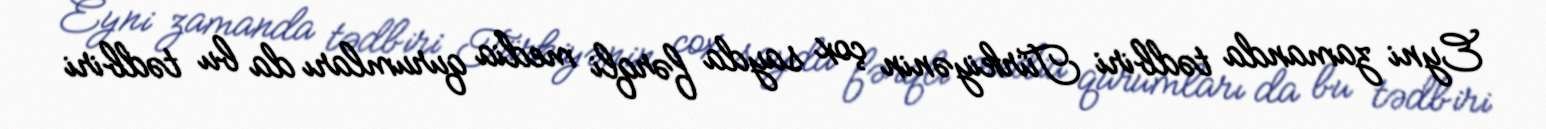
Eyni zamanda tədbiri Türkiyənin çox sayda fərqli media qurumları da bu tədbiri